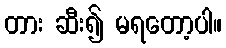
တား ဆီး၍ မရတော့ပါ။